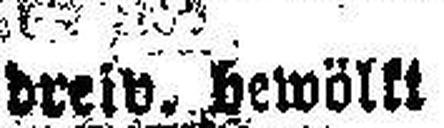
dreiv. bewöllt